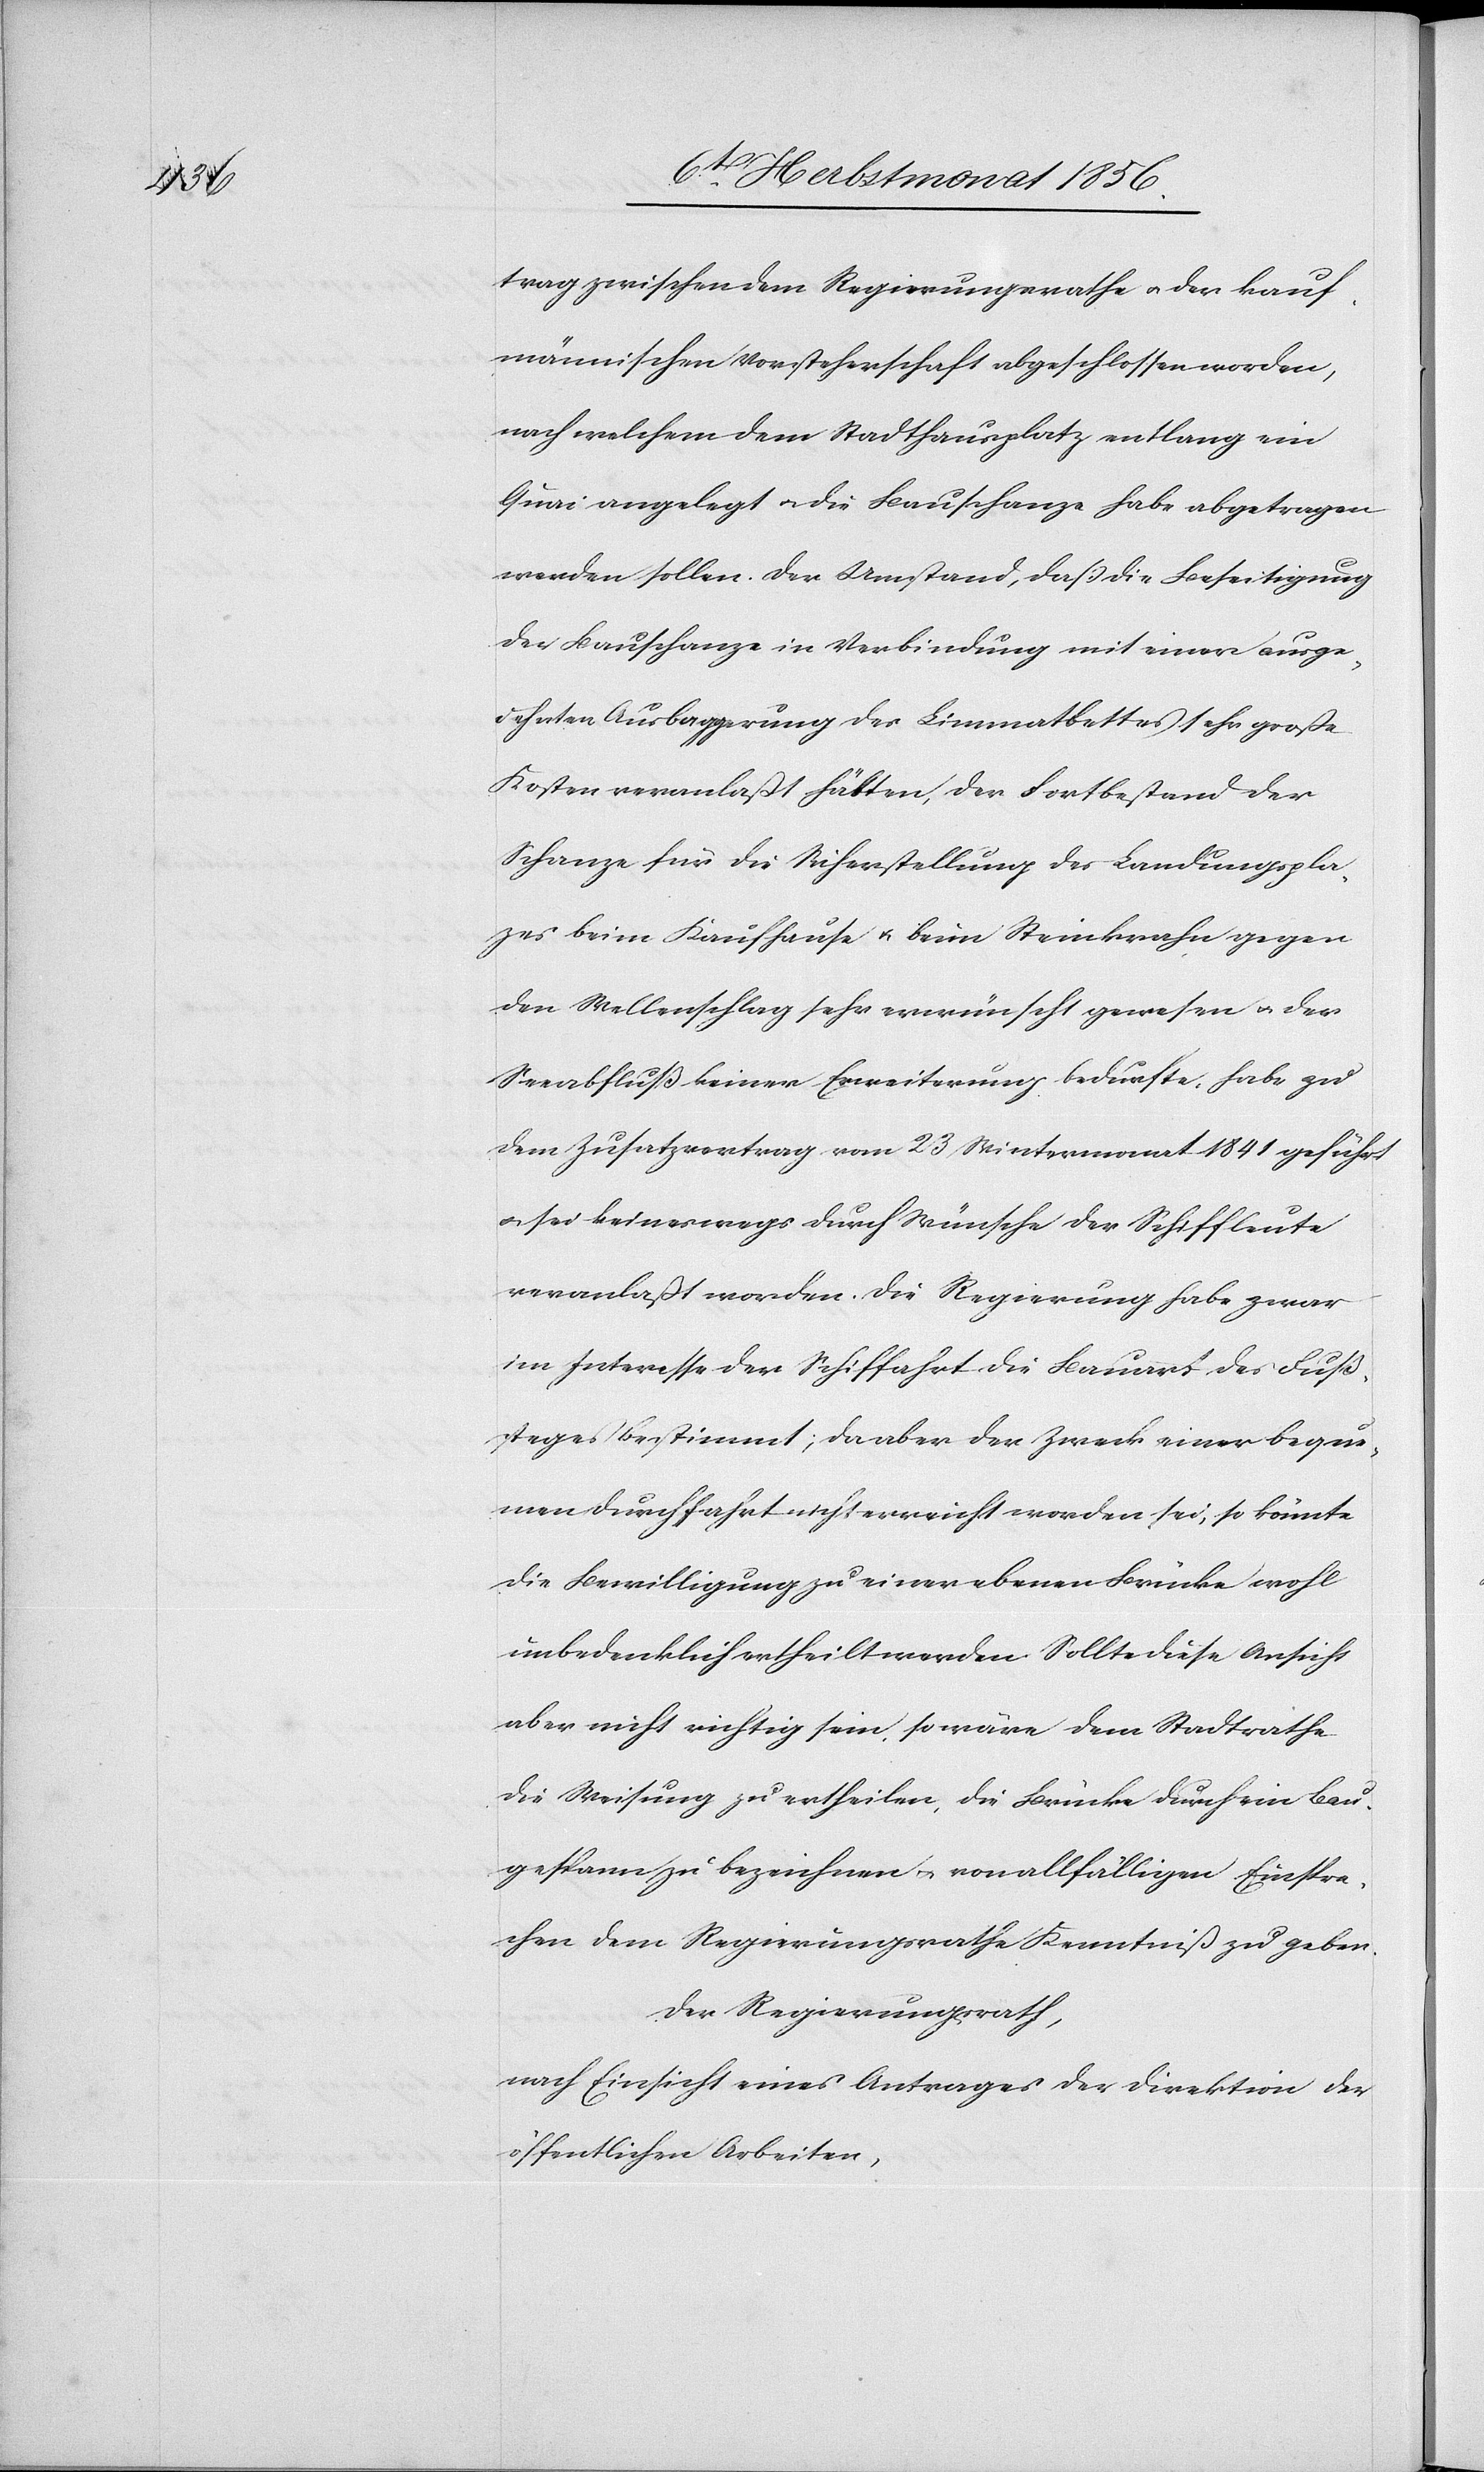
trag zwischen dem Regierungsrathe u. der kauf¬
männischen Vorsteherschaft abgeschlossen worden,
nach welchem dem Stadthausplatz entlang ein
Quai angelegt u. die Bauschanze habe abgetragen
werden sollen. Der Umstand, dass die Beseitigung
der Bauschanze in Verbindung mit einer ausge¬
dehnten Ausbaggerung des Limmatbettes sehr große
Kosten veranlaßt hätten, der Fortbestand der
Schanze für die Sicherstellung des Landungsplat¬
zes beim Kaufhause u. beim Steinkrahn gegen
den Wellenschlag sehr erwünscht gewesen u. der
Seeabfluß keiner Erweiterung bedurfte, habe zu
dem Zusatzvertrag vom 23 Wintermonat 1841 geführt
u. sei keineswegs durch Wünsche der Schiffleute
veranlaßt worden. Die Regierung habe zwar
im Interesse der Schiffahrt die Bauart des Fuß¬
steges bestimmt; da aber der Zweck einer beque¬
men Durchfahrt nicht erreicht worden sei, so könnte
die Bewilligung zu einer ebenen Brücke wohl
unbedenklich ertheilt werden. Sollte diese Ansicht
aber nicht richtig sein, so wäre dem Stadtrathe
die Weisung zu ertheilen, die Brücke durch ein Bau¬
gespann zu bezeichnen u. von allfälligen Einspra¬
chen dem Regierungsrathe Kenntniß zu geben.
Der Regierungsrath,
nach Einsicht eines Antrages der Direktion der
öffentlichen Arbeiten,